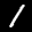
Label: 1